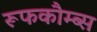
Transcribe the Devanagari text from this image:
रूफकौम्ब्स